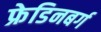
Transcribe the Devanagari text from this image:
फ्रेडिनबर्ग